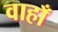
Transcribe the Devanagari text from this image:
वाहाँ